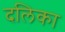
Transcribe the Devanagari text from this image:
दलिका